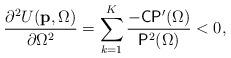
LaTeX: \begin{align*}\frac{\partial{}^2{}U(\mathbf{p},\Omega)}{\partial\Omega^2}=\sum_{k=1}^{K}\frac{-\mathsf{C}\mathsf{P}'(\Omega)}{\mathsf{P}^2(\Omega)}<0,\end{align*}